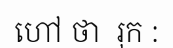
ហៅ ថា  រុក :